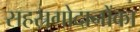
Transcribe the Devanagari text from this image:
सहस्रगोदानोंका